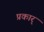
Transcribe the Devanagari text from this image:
प्रकार्